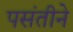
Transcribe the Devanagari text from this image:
पसंतीने